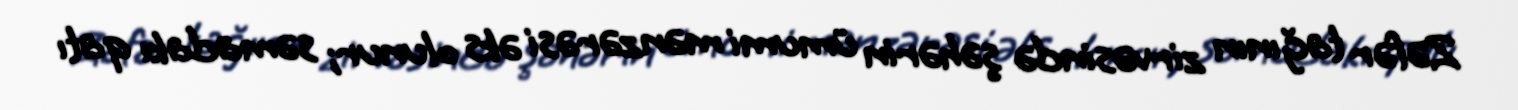
Zəfər tağının zirvəsində şəhərin ümumi mənzərəsi əks olunur; səmadakı qatı